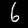
Label: 6